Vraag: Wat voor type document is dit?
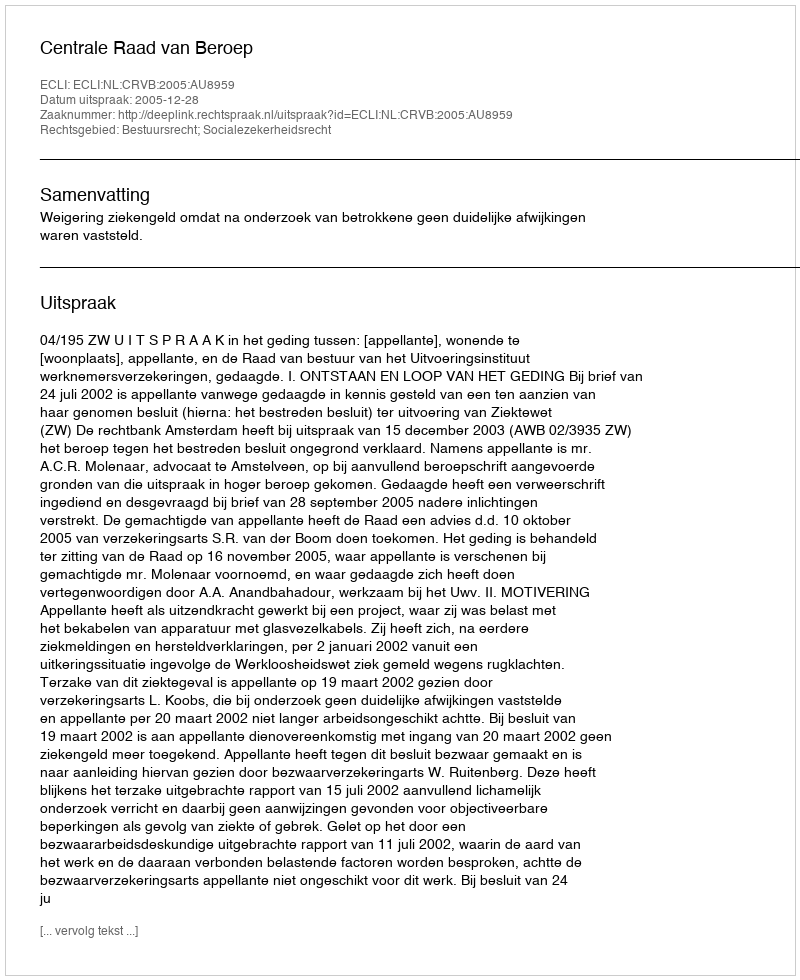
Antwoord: Uitspraak